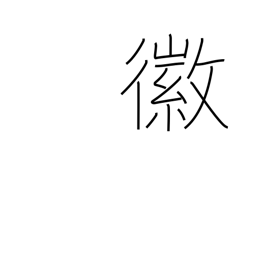
Meaning: good